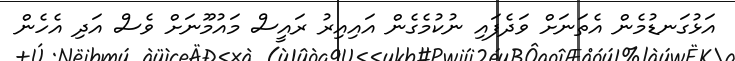
އަޅުގަނޑުމެން އެތަނަށް ވަދެފައި ނުކުމެގެން އައިއިރު ރައީސް މައުމޫނަށް ވެސް އަދި އެހެން